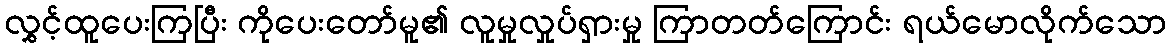
လွှင့်ထူပေးကြပြီး ကိုပေးတော်မူ၏ လူမှုလှုပ်ရှားမှု ကြာတတ်ကြောင်း ရယ်မောလိုက်သော